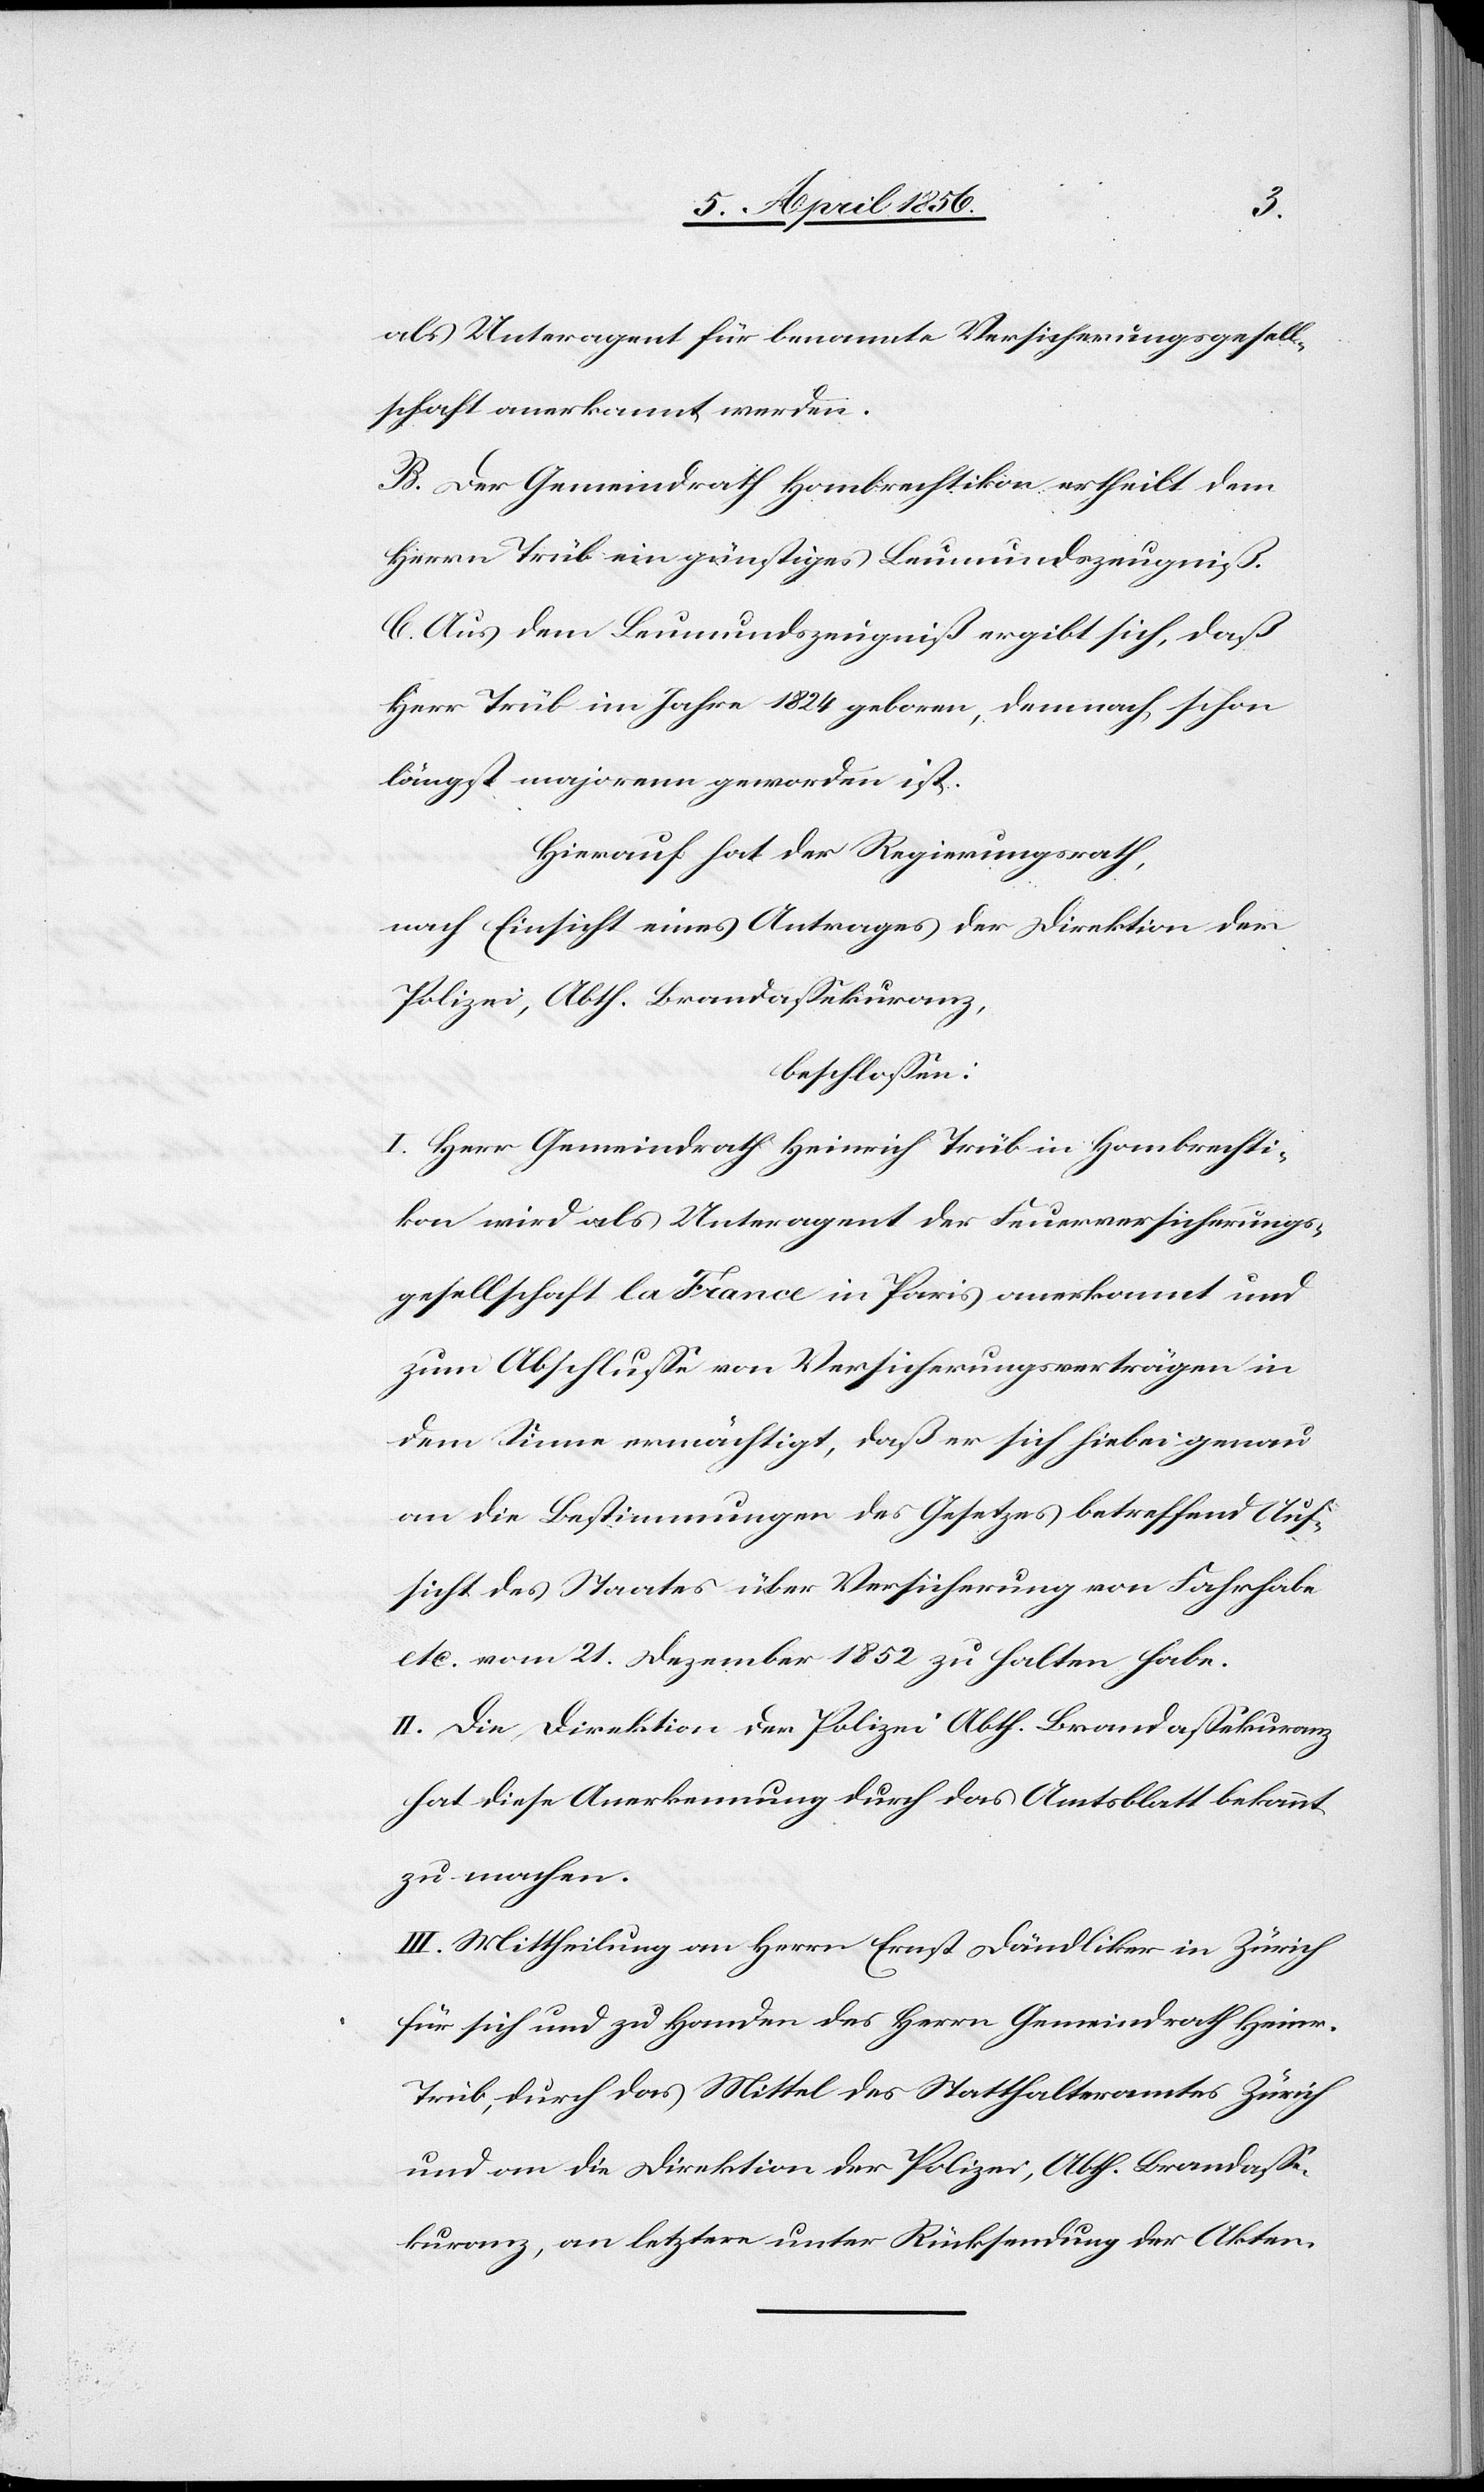
als Unteragent für benannte Versicherungsgesell¬
schaft anerkannt werden.
B. Der Gemeindrath Hombrechtikon ertheilt dem
Herrn Trüb ein günstiges Leumundszeugniß.
C. Aus dem Leumundszeugniß ergibt sich, daß
Herr Trüb im Jahre 1824 geboren, demnach schon
längst majorenn geworden ist.
Hierauf hat der Regierungsrath,
nach Einsicht eines Antrages der Direktion der
Polizei, Abth. Brandassekuranz,
beschlossen:
I. Herr Gemeindrath Heinrich Trüb in Hombrechti¬
kon wird als Unteragent der Feuerversicherungs¬
gesellschaft la France in Paris anerkannt und
zum Abschlusse von Versicherungsverträgen in
dem Sinne ermächtigt, daß er sich hiebei genau
an die Bestimmungen des Gesetzes betreffend Auf¬
sicht des Staates über Versicherung von Fahrhabe
etc. vom 21. Dezember 1852 zu halten habe.
II. Die Direktion der Polizei Abth. Brandassekuranz
hat diese Anerkennung durch das Amtsblatt bekannt
zu machen.
III. Mittheilung an Herrn Ernst Dändliker in Zürich
für sich und zu Handen des Herrn Gemeindrath Heinr.
Trüb, durch das Mittel des Statthalteramtes Zürich
und an die Direktion der Polizei, Abth. Brandasse¬
kuranz, an letztere unter Rücksendung der Akten.